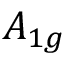
A _ { 1 g }